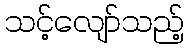
သင့်လျော်သည့်